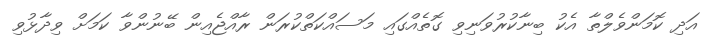
އަދި ކޮމަންވެލްތާ އެކު ބިނާކުރުވަނިވި ގޮތެއްގައި މަސައްކަތްކުރަން ރާއްޖެއިން ބޭނުންވާ ކަމަށް ވިދާޅުވި